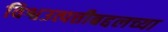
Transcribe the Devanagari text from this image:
विश्वउत्पत्तीबद्दलच्या